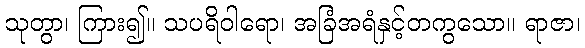
သုတွာ၊ ကြား၍။ သပရိဝါရော၊ အခြံအရံနှင့်တကွသော။ ရာဇာ၊